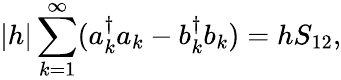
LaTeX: |h|\sum_{k=1}^{\infty}(a_{k}^{\dagger}a_{k}-b_{k}^{\dagger}b_{k})=hS_{12},